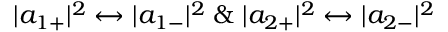
| a _ { 1 + } | ^ { 2 } \leftrightarrow | a _ { 1 - } | ^ { 2 } \; \& \; | a _ { 2 + } | ^ { 2 } \leftrightarrow | a _ { 2 - } | ^ { 2 }